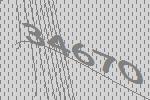
34670